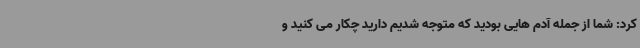
کرد: شما از جمله آدم هایی بودید که متوجه شدیم دارید چکار می کنید و